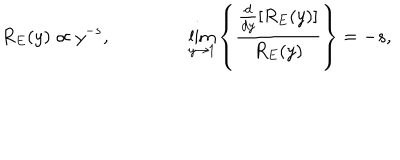
R _ { E } ( y ) \propto y ^ { - s } , ~ \lim _ { y \rightarrow 1 } \left\{ \frac { \frac { d } { d y } \left[ R _ { E } ( y ) \right] } { R _ { E } ( y ) } \right\} = - s ,